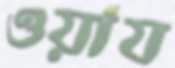
ওয়ায